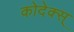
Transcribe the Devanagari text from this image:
कोदेक्स्